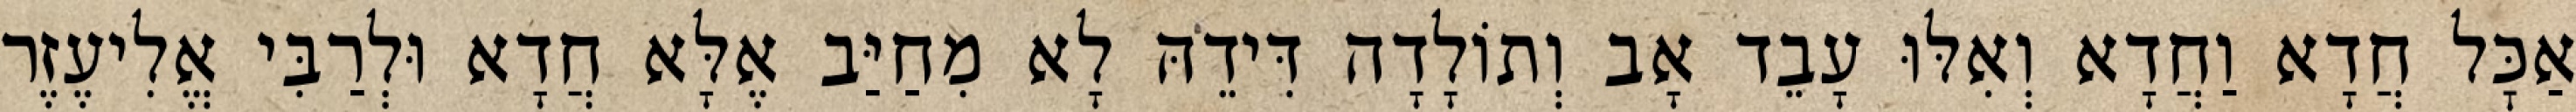
אַכׇּל חֲדָא וַחֲדָא וְאִלּוּ עָבֵד אָב וְתוֹלָדָה דִּידֵהּ לָא מִחַיַּב אֶלָּא חֲדָא וּלְרַבִּי אֱלִיעֶזֶר